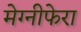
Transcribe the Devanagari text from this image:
मेग्‍नीफेरा